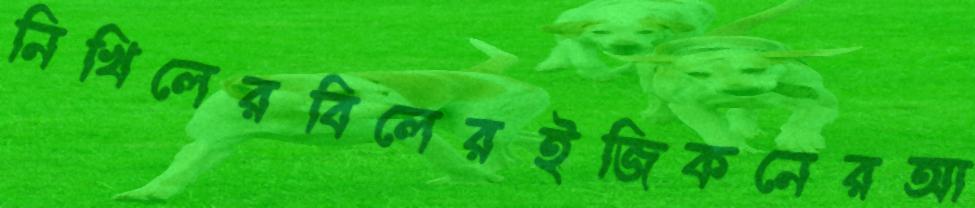
নিখিলেরবিলেরইজিকনেরআ